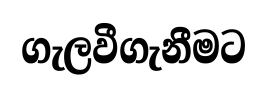
ගැලවීගැනීමට